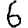
Digit: 6